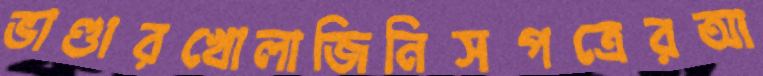
ভাণ্ডারখোলাজিনিসপত্রেরআ